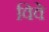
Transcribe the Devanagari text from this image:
विवे